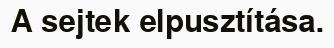
A sejtek elpusztítása.